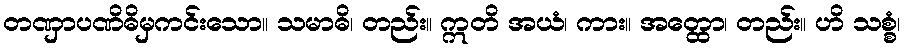
တဏှာပဏိဓိမှကင်းသော။ သမာဓိ၊ တည်း။ ဣတိ အယံ၊ ကား။ အတ္ထော၊ တည်း။ ဟိ သစ္စံ၊